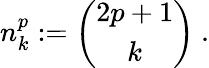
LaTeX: n_{k}^{p}:=\left(\begin{array}{c}{{2p+1}}\\ {{k}}\end{array}\right)\ .